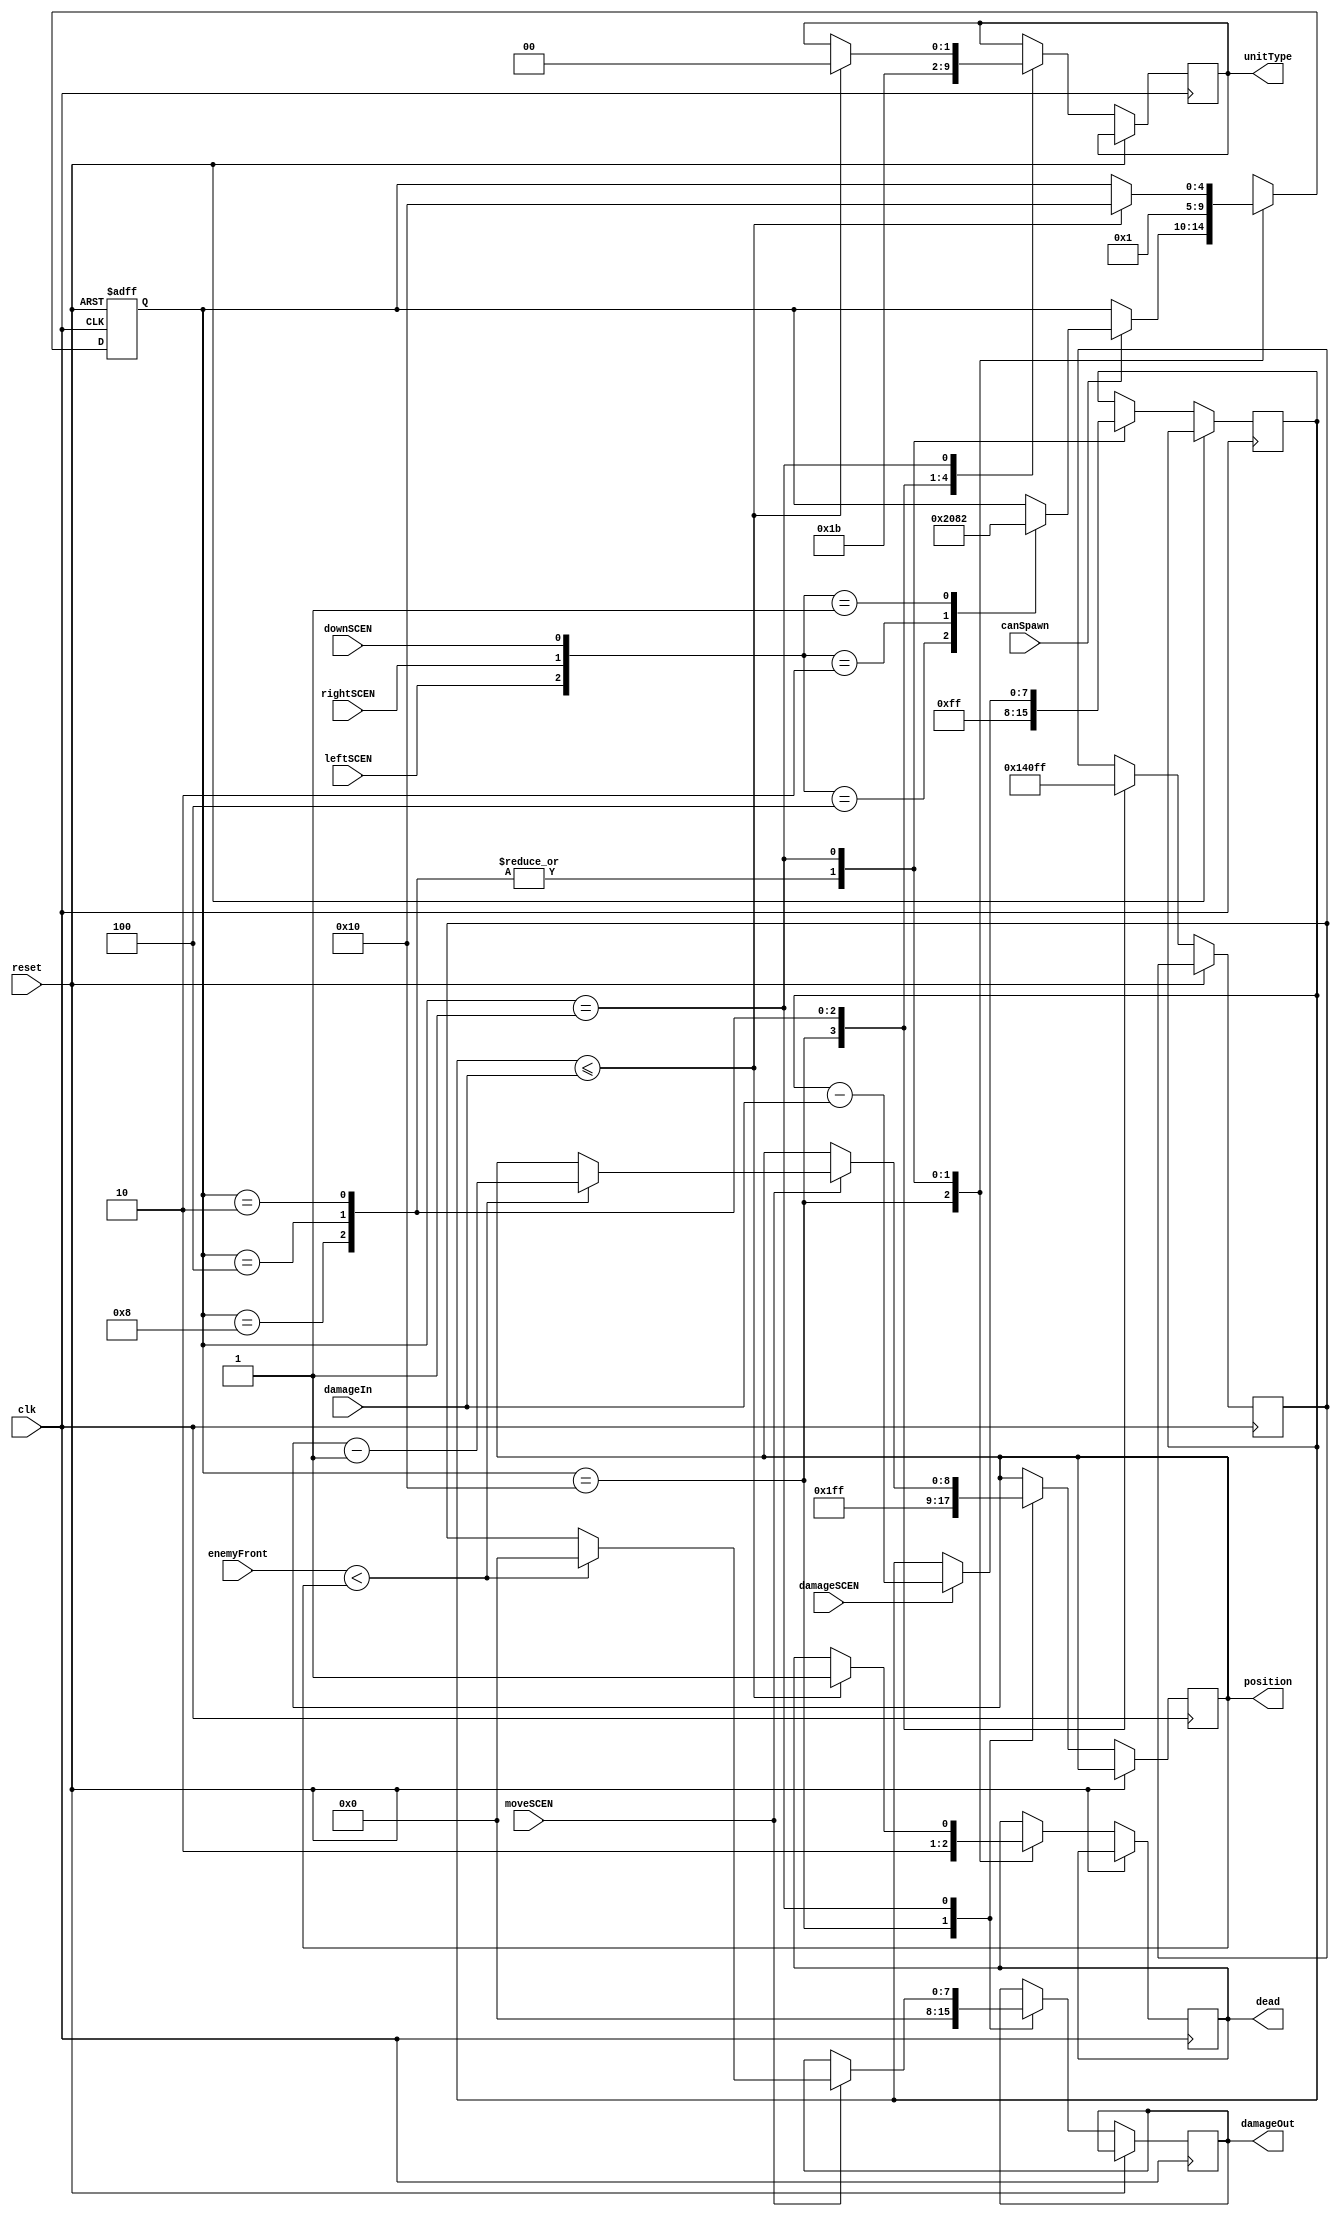
`timescale 1ns/1ps

module Unit(
	input clk, 
	input reset,
	input moveSCEN,
	input damageSCEN,
	input [7:0] damageIn,
	input leftSCEN,
	input rightSCEN,
	input downSCEN,
	input canSpawn,
	input [8:0] enemyFront, // location of the frontmost enemy
	output reg [8:0] position, // choose how many bits we need for position
	output reg [7:0] damageOut, // choose how many bits we need for damage
	output reg [1:0] unitType,// 00 dead, 1-3 different unit types
	output reg dead
);

reg [7:0] power; // determines how strong an enemy's attack is
reg [7:0] health; // internal to the unit, keeps track how much health they have left
reg [4:0] state;

localparam
	QI =       5'b10000,
	QDeploy1 = 5'b01000,
	QDeploy2 = 5'b00100,
	QDeploy3 = 5'b00010,
	QAlive   = 5'b00001,
	UNK =      5'bXXXXX;

always@(posedge clk, posedge reset) // might have to the change this from clk to gameClk later
begin
	if(reset)
		state <= QI;
	else
	begin
		case(state) // CASE STATEMENTS IN VERILOG DON'T HAVE A COMMA AFTERWARDS
			QI:
				begin
					// state transition
					unitType <= 2'b00;
					dead <= 1'b1;
					begin
						if(canSpawn)
						begin
							case({leftSCEN, rightSCEN, downSCEN})
								3'b100: state <= QDeploy1;
								3'b010: state <= QDeploy2;
								3'b001: state <= QDeploy3;
							endcase
						end
					end
					
			
					// RTL
					position <= 9'b1111_1111_1;
					damageOut <= 8'b0000_0000;
					power <= 8'b0000_0000;
				end
			QDeploy1:
				begin
					state <= QAlive;
					health <= 8'b1111_1111;
					power <= 8'b0000_0001;
					unitType <= 2'b01;
					dead <= 1'b0;
				end
			QDeploy2:
				begin
					state <= QAlive;
					health <= 8'b1111_1111;
					power <= 8'b0100_0000;
					unitType <= 2'b10;
					dead <= 1'b0;
				end
			QDeploy3:
				begin
					state <= QAlive;
					health <= 8'b1111_1111;
					power <= 8'b1111_1111; 
					unitType <= 2'b11;
					dead <= 1'b0;
				end
			QAlive:
				begin
					// State Transtition Logic
					if(health <= damageIn)
						begin
							state <= QI;
							unitType <= 2'b00;
							dead <= 1'b1;
						end
					// RTL
					
					// accept damage provided by TOP, can be 0 to whatever the attack damage is of enemy units
					if(damageSCEN) health <= health - damageIn;
					if(moveSCEN) // receives moveSCEN from battlefront calculator
					begin
						if(enemyFront < position) // the unit should still move forward
						begin
							position <= position - 1; // <-- CHANGE TO POSITIVE IN ENEMY.V
							damageOut <= 7'b0000000;
						end
						else damageOut <= power; // the unit is attacking
					end
						
				end
			/*QDead:
				begin
					if(I == 4'1010) state <= QI;
					I <= I + 4'b0001;
					unitType <= 2'b00; // mark enemy as dead
					
					// dead <= 1'b1;
				end*/
			default: state <= UNK;
		endcase
	end
		
end

endmodule